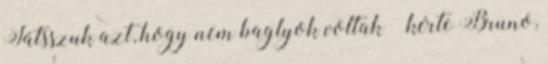
Játsszuk azt, hogy nem baglyok voltak – kérte Bruno,